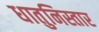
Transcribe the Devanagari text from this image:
धातुनिस्तार